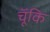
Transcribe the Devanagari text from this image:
चॅूकि